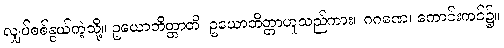
လျှပ်စစ်နွယ်ကဲ့သို့။ ဥယောဘိတ္တာတိ၊ ဥယောဘိတ္တာဟူသည်ကား။ ဂဂဏေ၊ ကောင်းကင်၌။